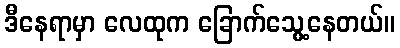
ဒီနေရာမှာ လေထုက ခြောက်သွေ့နေတယ်။